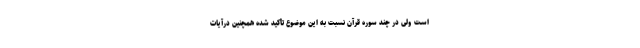
است ولی در چند سوره قرآن نسبت به این موضوع تأکید شده همچنین درآیات